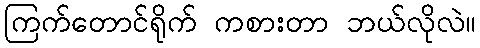
ကြက်တောင်ရိုက် ကစားတာ ဘယ်လိုလဲ။